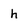
Character: h